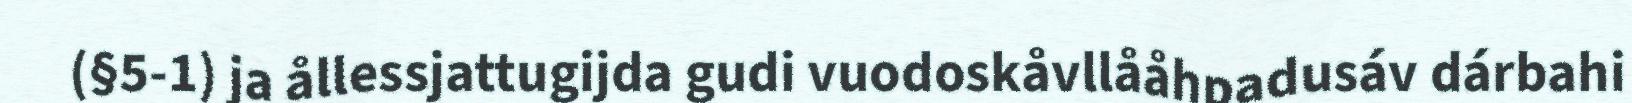
(§5-1) ja ållessjattugijda gudi vuodoskåvllååhpadusáv dárbahi